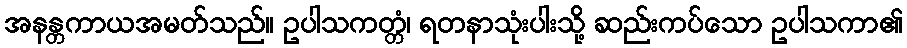
အနန္တကာယအမတ်သည်။ ဥပါသကတ္တံ၊ ရတနာသုံးပါးသို့ ဆည်းကပ်သော ဥပါသကာ၏